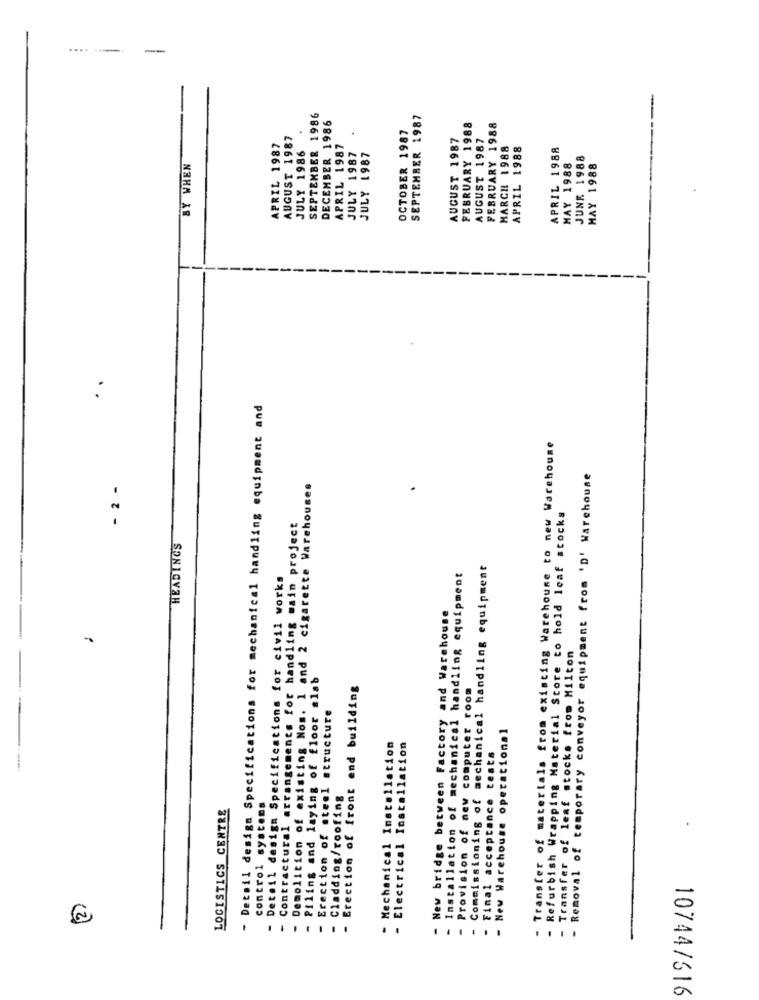
-
SEPTEMBER 1986
DECEMBER 1986
SEPTEMBER 1987
OCTOBER 1987
FEBRUARY 1988
FEBRUARY 1988
AUGUST 1987
AUGUST 1987
AUGUST 1987
APRIL 1987
JULY 1986
APRIL 1987
MARCH 1988
APRIL 1988
APRIL 1988
JULY 1987
JULY 1987
JUNE 1988
BY WHEN
MAY 1988
MAY 1988
- Detail design Specifications for mechanical handling equipment and
- Transfer of materials from existing Warehouse to new Warehouse
- Removal of temporary conveyor equipment from 'D' Warehouse
- 2 -
- Demolition of existing Nos. 1 and 2 cigarette Warehouses
- Refurbish Wrapping Material Store to hold leaf stocks
- Contractural arrangements for handling main project
HEADINGS
Commissioning of mechanical handling equipment
- Detail design Specifications for civil works
Installation of mechanical handling equipment
- New bridge between Factory and Warehouse
Transfer of leaf stocks from Milton
- Piling and laying of floor slab
- Erection of front end building
- Provision of new computer room
- Erection of steel structure
- New Warehouse operational
- Mechanical Installation
- Electrical Installation
Final acceptance tests
- Cladding/roofing
LOGISTICS CENTRE
control systems
10744/516